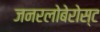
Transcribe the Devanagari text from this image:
जनरलोबेरोस्ट